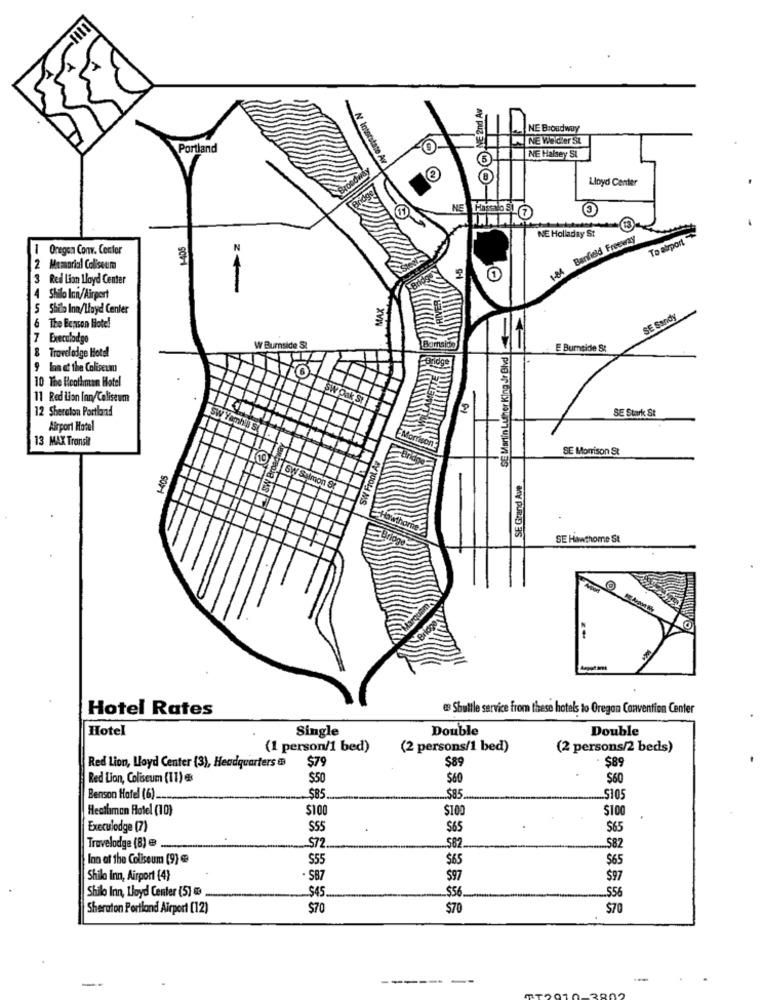
ME 2nd Av
NE Broadway
NE Weldler St
Portland
NE Halsey SI
N Interstate Av
Oway
2
Lloyd Center
NE Hassalo SL
NE Holladay St
-405
1-84 Banfield Freeway
To airport
1
Onegen Conv. Center
1-5
2 Memorial Coliseum
Red Lion Lloyd Center
Shilo Inn/Airport
Shilo Inn/Lloyd Center
6
SE Martin Luther King Jr Blvd
SE Sandy
The Bepson Hotel
7 Execulodge
& Trovelodge Hotel
Y Bumside S
E Bumside S:
lon at the Coliseum
10 The Heathman Hotel
11 Red Lion Inn/Coliseum
SW Oak St
12 Sheraton Portland
SE Stark St
Airport Hotel
Sw Yambil S
13 MAX Transit
Morrison
SE Morrison St
SW Front Av
-405
sw Br
SE Grand Ave
SW Salmon St
Bridge
SE Hawthorne St
Hotel Rates
es Shuttle service from these hotels to Oregon Convention Center
Hotel
Single
Double
Double
(1 person/1 bed)
(2 persons/1 bed)
(2 persons/2 beds)
Red Lion, Lloyd Center (3), Headquarters
$79
$89
$89
Red Lion, Coliseum (11)
$50
$60
$60
Benson Hotel (6).
$85
$85
.. $105
Heathman Hotel (10)
$100
$10
$100
Execulodge (7)
$55
.
565
$65
572
Travelodge (8)
$82.
$82
Inn at the Coliseum (9) e
$55
$65
$65
Shilo Inn, Airport {4}
- SB7
597
$97
Shilo Inn, Lloyd Center (5)
$45.
$56
556
Sheraton Portland Airport [12)
$70
$70
$70
-------